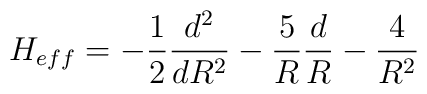
H_{eff} = -\frac{1}{2}\frac{d^{2}}{dR^{2}} - \frac{5}{R}\frac{d}{R} - \frac{4}{R^{2}}